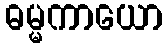
ဓမ္မကာယော